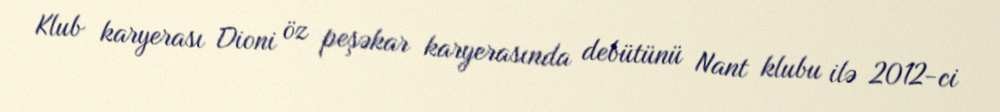
Klub karyerası Dioni öz peşəkar karyerasında debütünü Nant klubu ilə 2012-ci